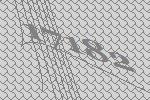
17182